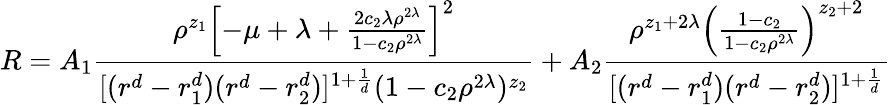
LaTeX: R=A_{1}{\frac{\rho^{z_{1}}\left[-\mu+\lambda+{\frac{2c_{2}\lambda\rho^{2\lambda}}{1-c_{2}\rho^{2\lambda}}}\right]^{2}}{[(r^{d}-r_{1}^{d})(r^{d}-r_{2}^{d})]^{1+{\frac{1}{d}}}(1-c_{2}\rho^{2\lambda})^{z_{2}}}}+A_{2}{\frac{\rho^{z_{1}+2\lambda}\left({\frac{1-c_{2}}{1-c_{2}\rho^{2\lambda}}}\right)^{z_{2}+2}}{[(r^{d}-r_{1}^{d})(r^{d}-r_{2}^{d})]^{1+{\frac{1}{d}}}}}